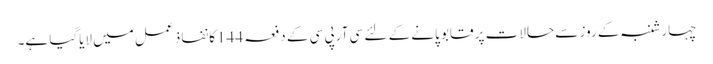
چہارشنبہ کے روز سے حالات پر قابو پانے کے لئے سی آرپی سی کے دفعہ 144کا نفاذ عمل میں لایاگیا ہے۔